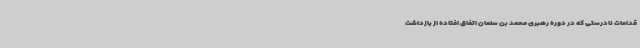
قدامات نادرستی که در دوره رهبری محمد بن سلمان اتفاق افتاده از بازداشت